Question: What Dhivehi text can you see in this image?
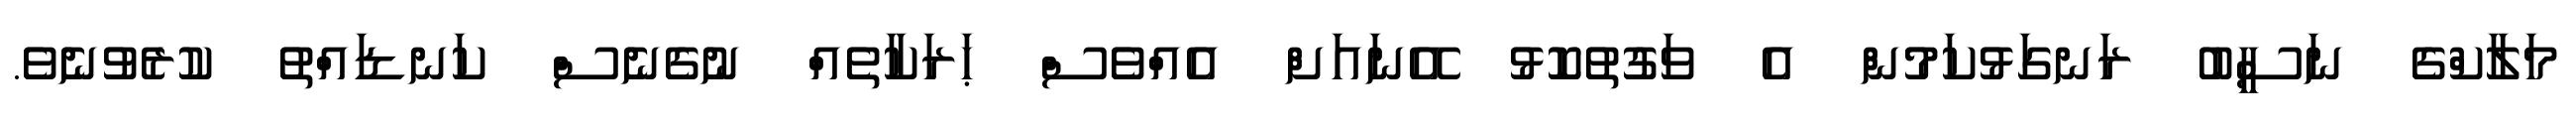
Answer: މަލާކްގެ ނަސީބު ރަނގަޅުކަމުން އެ ވަގުތުކޮޅު އޭނައަށް އެއްވެސް ޙަރަކާތެއް ނުގެނެސް ކަނޑައްތު ކުރެވުނެވެ.